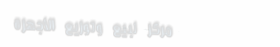
مركز لبيع وتوزيع الأجهزة